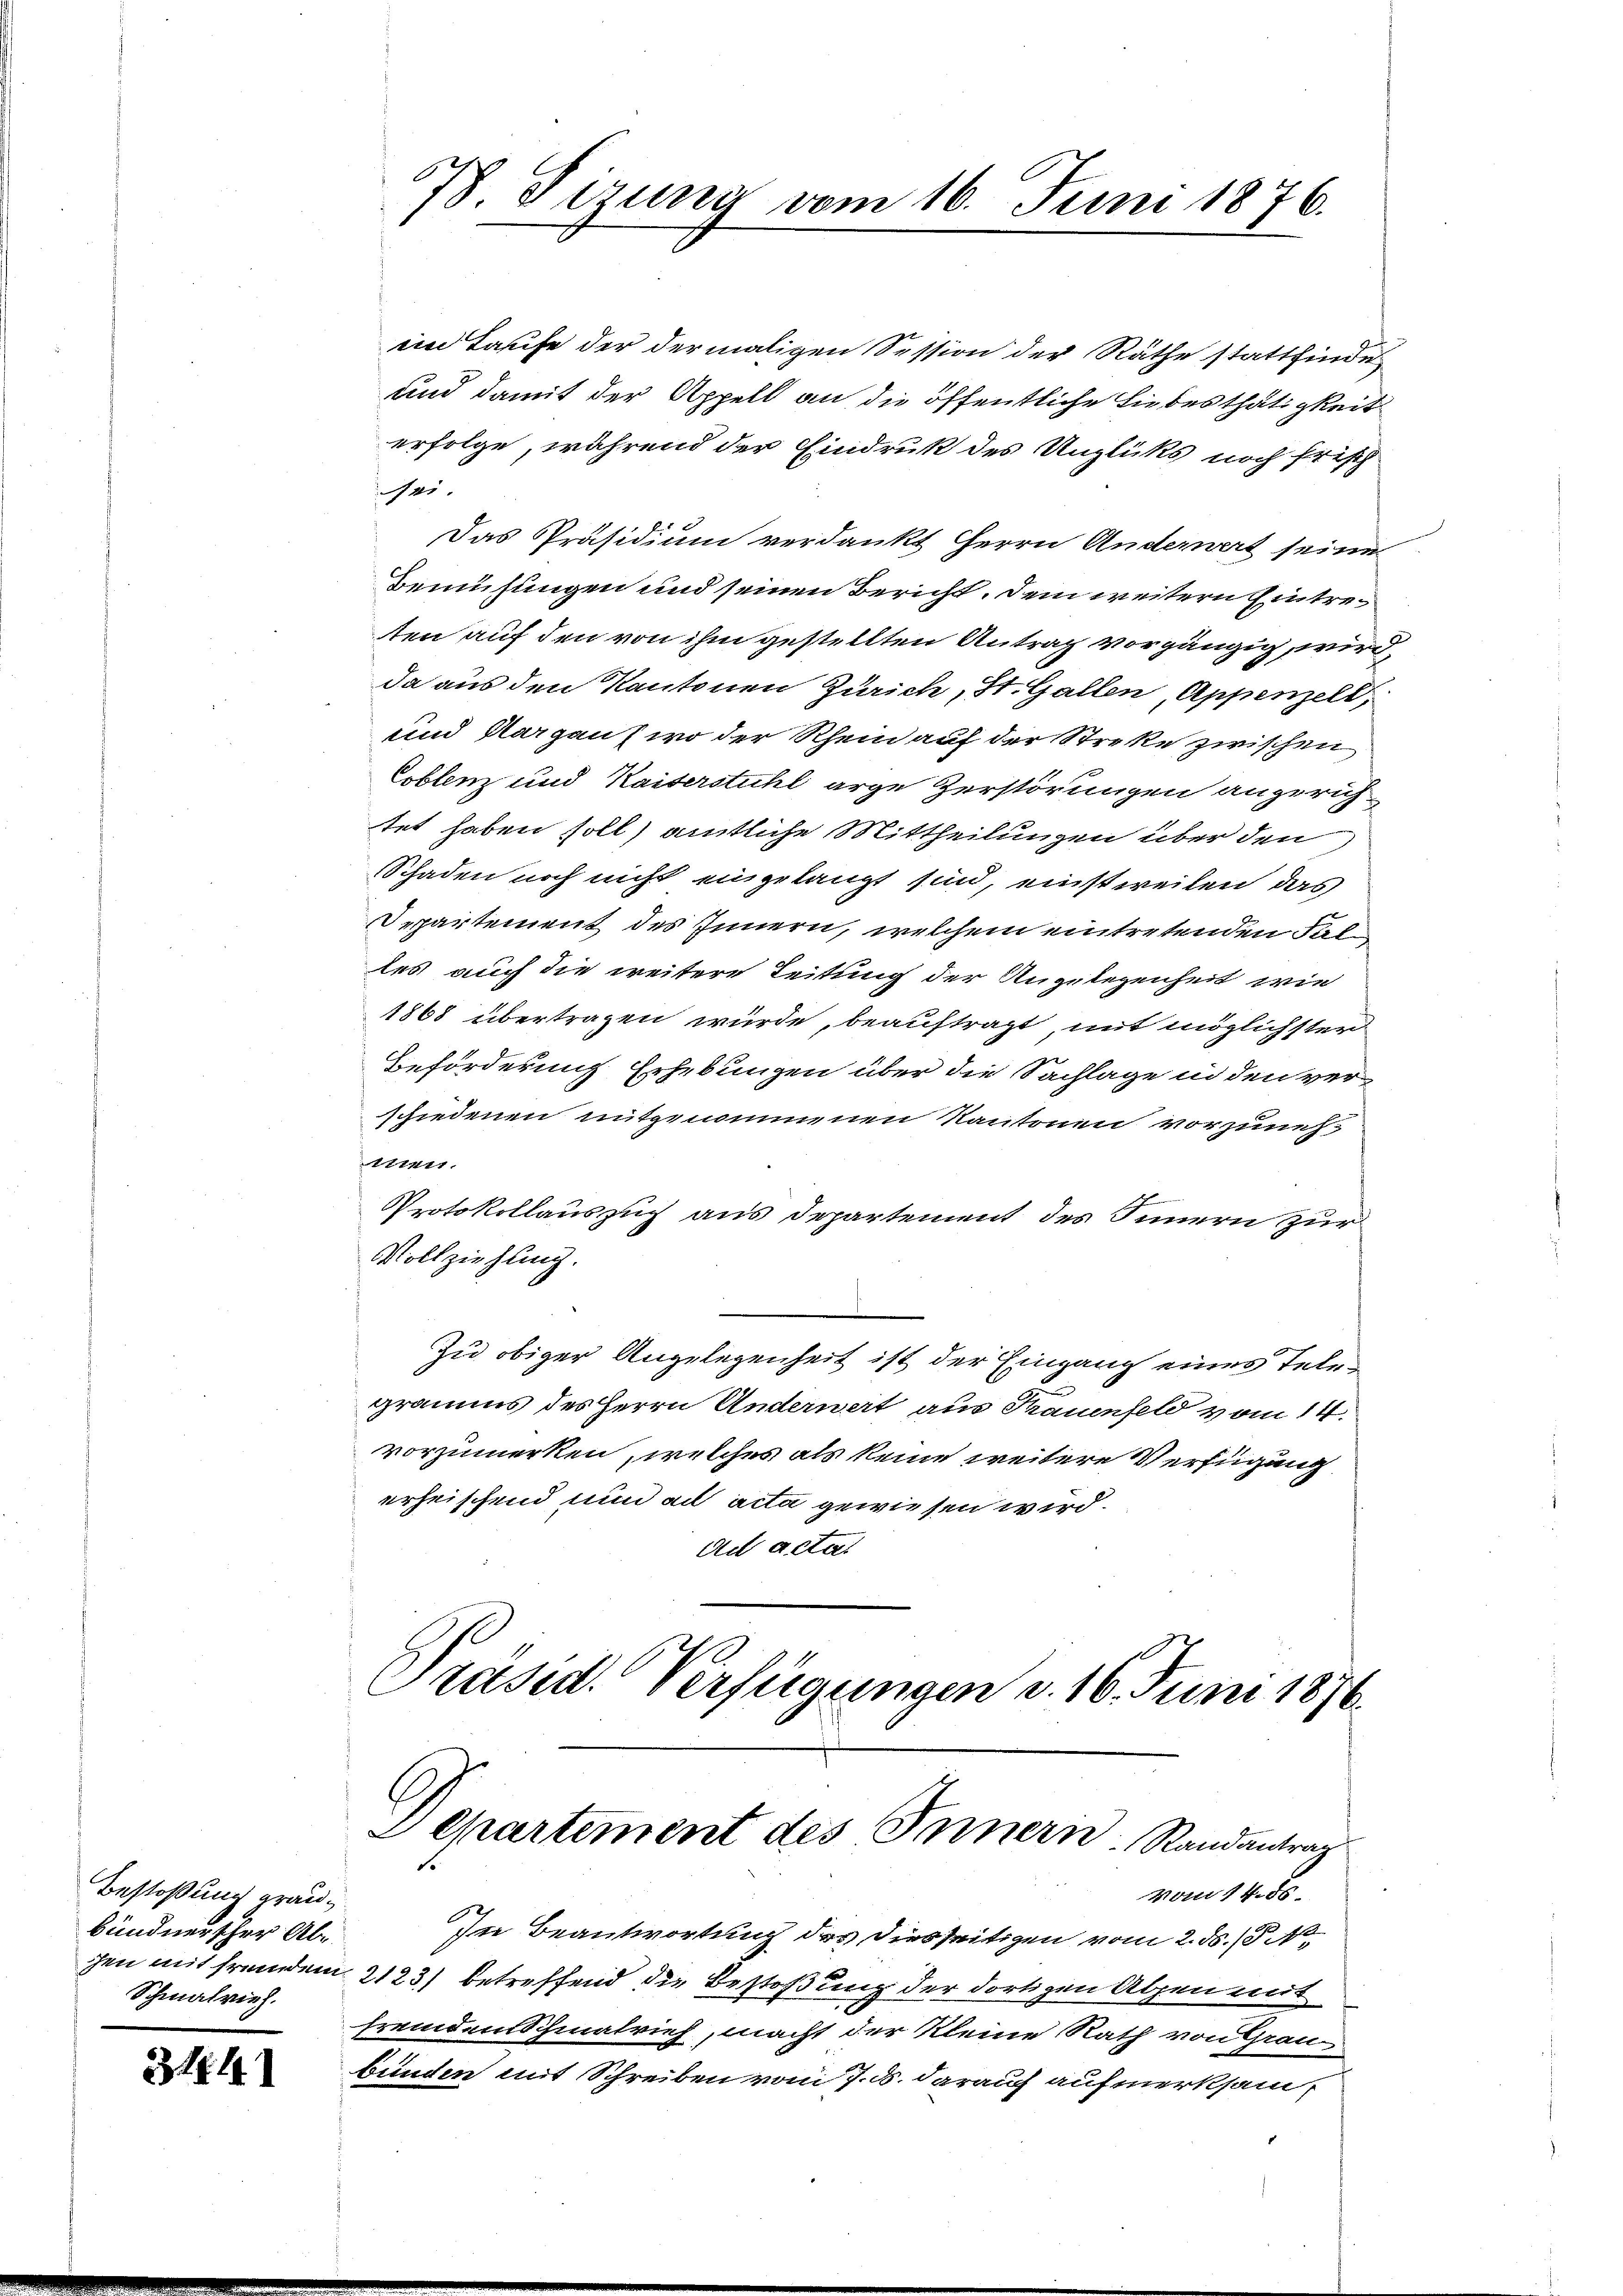
Bestoßung graubündnerscher Ab¬
Schmalrieh.

2314

78. Dizung vom 16. Juni 1876.

im Laufe der dermaligen Session der Räthe stattfinde
und damit der Appell an die öffentliche Liebes thätigkeit
erfolge, während der Eindruk des Unglüks noch frisch
ei.
Das Präsidium verdankt Herrn Anderwert seine
Bemühungen und seinen Bericht. Dem weitern Eintreten auf den von ihm gestellten Antrag vorgängig wird,
da aus den Kantonen Zürich, St. Gallen, Appenzell,
und Aargaus wo der Rhein auf der Streke zwischen
Coblenz und Kaiserstuhl arge Zerstörungen angerich
tet haben soll) amtliche Mittheilungen über den
Schaden noch nicht eingelangt sind, einstweilen das
Departement des Innern, welchem eintretenden Faltes auch die weitere Leitung der Angelegenheit wie
1868 übertragen würde, beauftragt, mit möglichster
Beförderung Erhebungen über die Sachlage in den verschiedenen mitgenommenen Kantonen vorzunehorner
Protokollauszug aus Departement des Innern zur
Vollziehung.
Zu obiger Angelegenheit ist der Eingang eines Tele¬
2
graus des Herrn Anderwert aus Trauenfeld vom 14.
vorzumerken, welches als keine weitere Verfügung
erheischend nun ad acta gewiesen wird.
ad actat
Präsid. Verfügungen d. 16. Juni 1876.
Departement des Innern Randantrag
vom 14. ds.
In Beantwortung des diesseitigen vom 2. ds. 18. No.
chen mit fremdem 2123) betreffend die Bestoßung der dortigen Alpen mit
fremdenschmalrich, macht der Kleine Rath von Grau
bunden mit Schreiben vom 7. d. darauf aufmerksam,